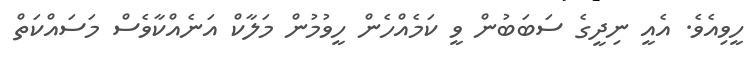
ހީވިއެވެ. އެއީ ނިދީގެ ސަބަބުން ވީ ކަމެއްހެން ހީވުމުން މަލާކް އަނެއްކާވެސް މަސައްކަތް